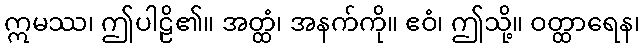
ဣမဿ၊ ဤပါဠိ၏။ အတ္ထံ၊ အနက်ကို။ ဧဝံ၊ ဤသို့။ ဝတ္ထာရေန၊